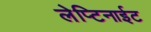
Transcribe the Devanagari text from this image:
लेप्टिनाईट